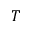
T